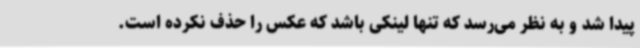
پیدا شد و به نظر می‌رسد که تنها لینکی باشد که عکس را حذف نکرده است.